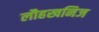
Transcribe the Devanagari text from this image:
लौहखनिज